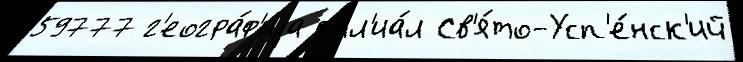
59777 г'еогра́ф'иjа ф'ил'иа́л Св'я́то-Усп'е́нск'ий